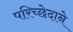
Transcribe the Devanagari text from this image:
परिच्छेदाने